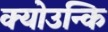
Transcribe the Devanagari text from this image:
क्योउन्कि